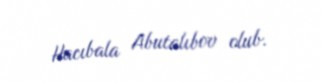
Hacıbala Abutalıbov olub.